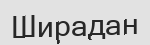
Ширадан